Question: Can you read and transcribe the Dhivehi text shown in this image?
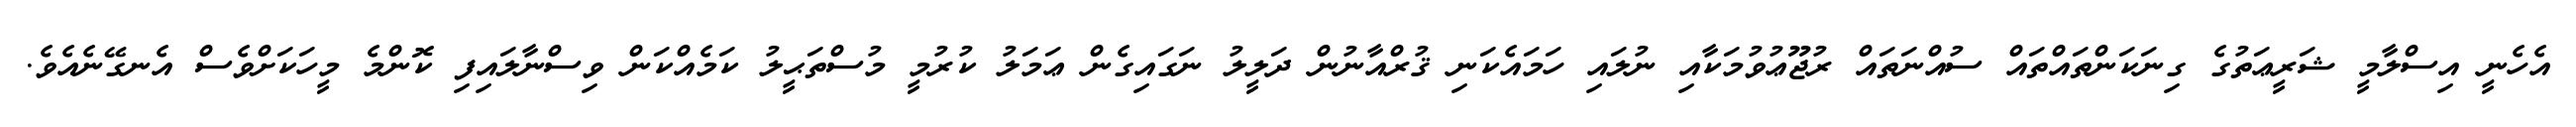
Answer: އެހެނީ އިސްލާމީ ޝަރީޢަތުގެ ގިނަކަންތައްތައް ސުއްނަތައް ރުޖޫޢުވުމަކާއި ނުލައި ހަމައެކަނި ޤުރްއާނުން ދަލީލު ނަގައިގެން ޢަމަލު ކުރުމީ މުސްތަޙީލު ކަމެއްކަން ވިސްނާލައިފި ކޮންމެ މީހަކަށްވެސް އެނގޭނެއެވެ.